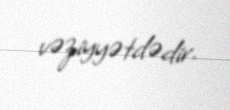
vəziyyətdədir.